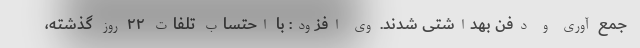
جمع آوری و دفن بهداشتی شدند. وی افزود: با احتساب تلفات ۲۲ روز گذشته،